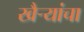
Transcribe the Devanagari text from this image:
खैर्‍यांचा